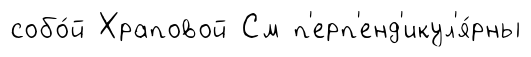
собо́й Храповой См п'ерп'енд'икул'я́рны